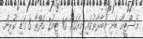
އެސްޓީއޯ ބަށި މުބާރާތުގައި މިއަހަރު 16 ޓީމު2 ހަފްތާ 3 ގަޑި ކުރިން.